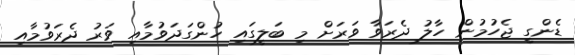
ޑެންގީ ޖެހުމުން ހާލު ދެރަވާ ވަރަށް މި ބަލީގައި ހުންގަދަވުމާއި ވަރު ދެރަވުމާއި